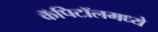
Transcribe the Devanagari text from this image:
कॅपिटॉलमध्ये